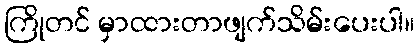
ကြိုတင် မှာထားတာဖျက်သိမ်းပေးပါ။